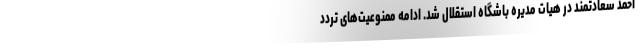
احمد سعادتمند در هیات مدیره باشگاه استقلال شد. ادامه ممنوعیت‌های تردد